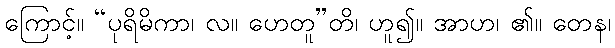
ကြောင့်။ “ပုရိမိကာ၊ လ။ ဟေတူ”တိ၊ ဟူ၍။ အာဟ၊ ၏။ တေန၊